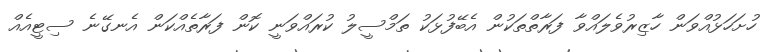
ހުށަހަޅުއްވަން ހާޒިރުވެލައްވާ ފަރާތްތަކުން އެބޭފުޅަކު ތަމްސީލު ކުރައްވަނީ ކޮން ފަރާތެއްކަން އެނގޭނެ ސިޓީއެއް